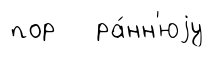
пор ра́нн'юjу